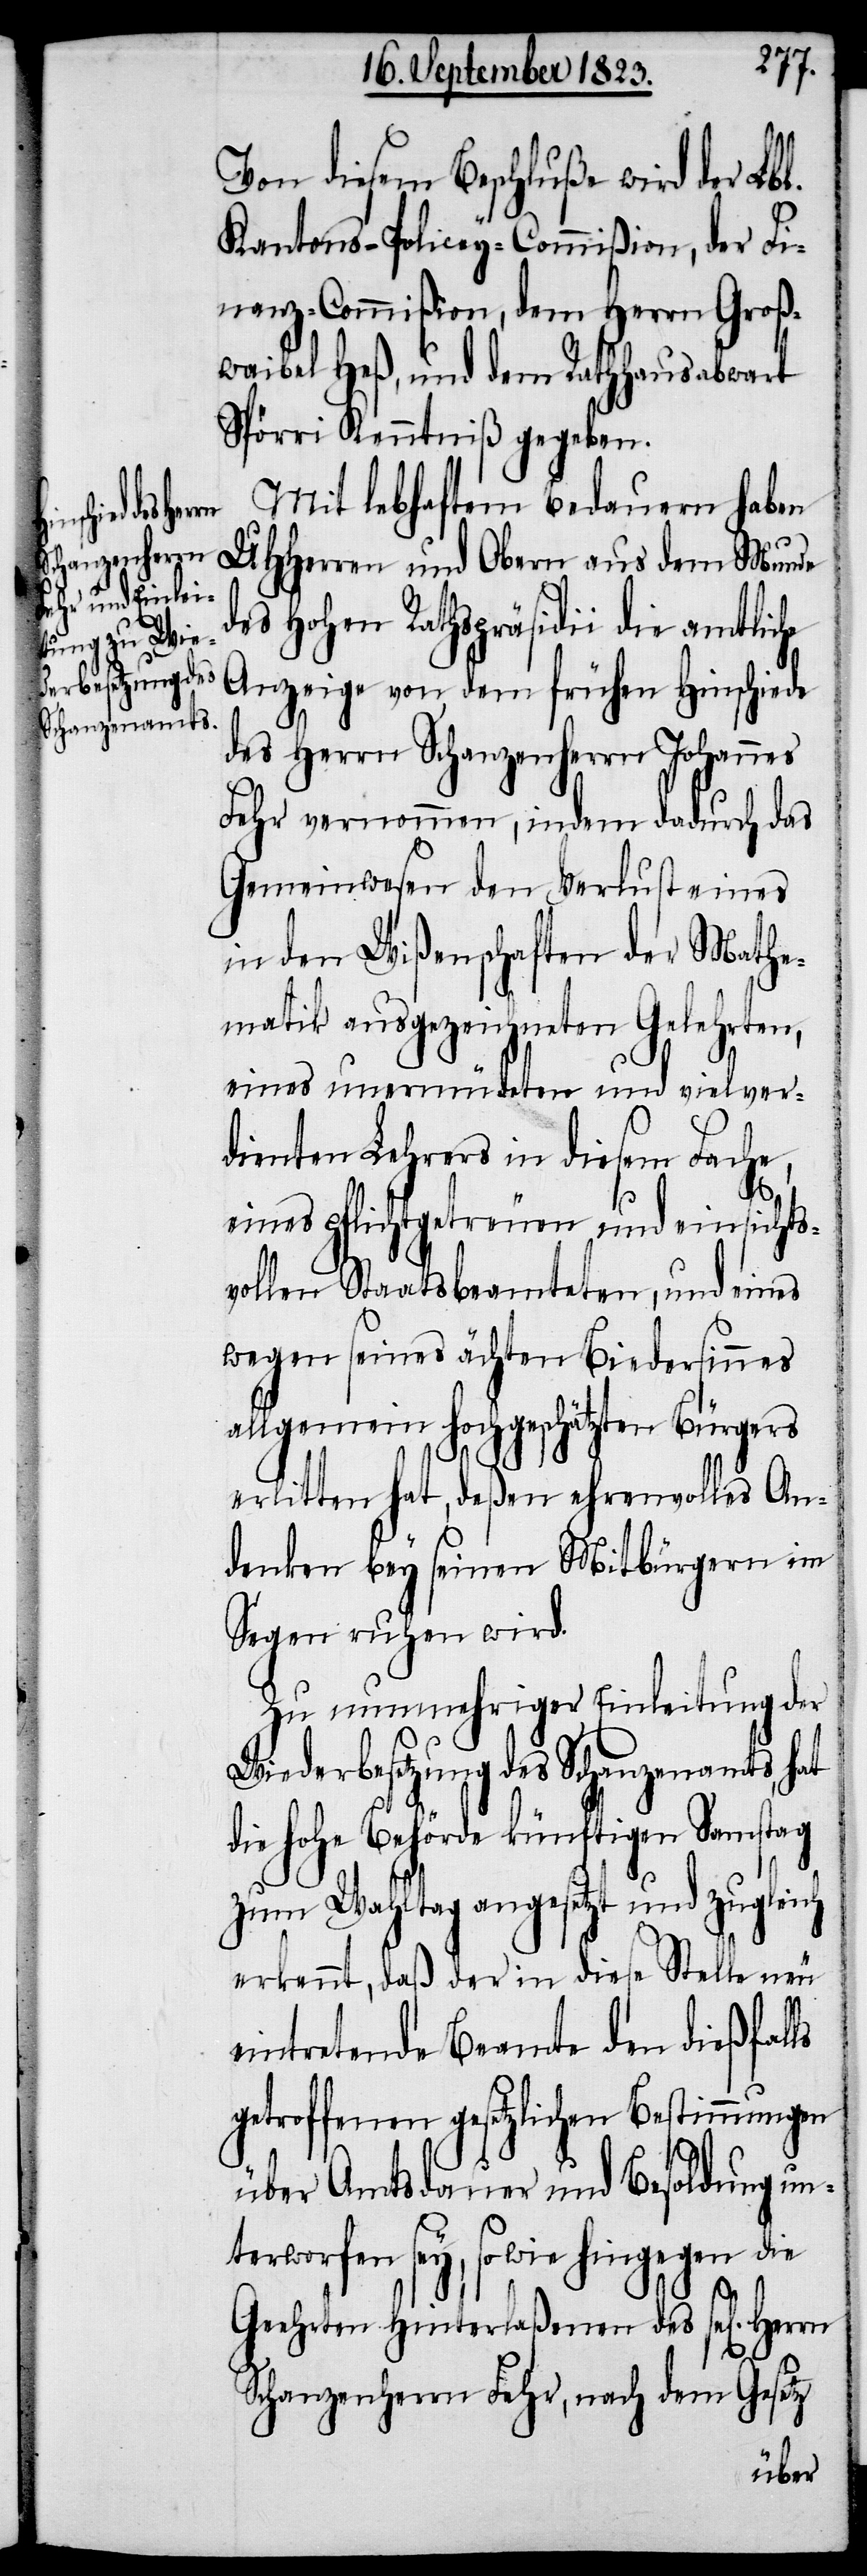
Von diesem Beschluße wird der Lbl.
Kantons-Policey-Commißion, der Fi¬
nanz-Commißion, dem Herrn Groß¬
waibel Heß, und dem Rathhausabwart
Spörri Kenntniß gegeben.
Mit lebhaftem Bedauern haben
UHHerren und Obern aus dem Munde
des Hohen Rathspräsidii die amtliche
Anzeige von dem frühen Hinschiede
des Herrn Schanzenherrn Johannes
Fehr vernommen, indem dadurch das
Gemeinwesen den Verlust eines
in den Wißenschaften der Mathe¬
matik ausgezeichneten Gelehrten,
eines unermüdeten und vielver¬
dienten Lehrers in diesem Fache,
eines pflichtgetreuen und einsichts¬
vollen Staatsbeamteten, und eines
wegen seines ächten Biedersinnes
allgemein hochgeschätzten Bürgers
erlitten hat, deßen ehrenvolles An¬
denken bey seinen Mitbürgern im
Segen ruhen wird.
Zu nunmehriger Einleitung der
Wiederbesetzung des Schanzenamts, hat
die hohe Behörde künftigen Samstag
zum Wahltag angesetzt und zugleich
erkennt, daß der in diese Stelle neu
eintretende Beamte den dießfalls
getroffenen gesetzlichen Bestimmungen
über Amtsdauer und Besoldung un¬
terworfen sey, sowie hingegen die
Geehrten Hinterlaßenen des sel[igen]
Schanzenherrn Fehr, nach dem Gesetz